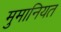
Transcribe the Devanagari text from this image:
मुमानियत